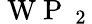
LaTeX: \mathrm{~W~P~}_{\mathrm{~2~}}